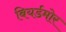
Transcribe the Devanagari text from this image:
बियर्डमोर